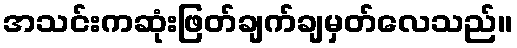
အသင်းကဆုံးဖြတ်ချက်ချမှတ်လေသည်။